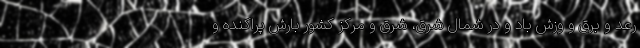
رعد و برق و وزش باد و در شمال شرق، شرق و مرکز کشور بارش پراکنده و